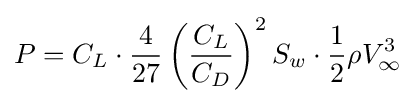
P=C_{L}\cdot {\frac {4}{27}}\left({\frac {C_{L}}{C_{D}}}\right)^{2}S_{w}\cdot {\frac {1}{2}}\rho V_{\infty }^{3}